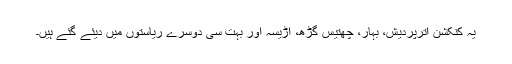
یہ کنکشن اترپردیش، بہار، چھتیس گڑھ، اڑیسہ اور بہت سی دوسرے ریاستوں میں دیئے گئے ہیں۔